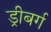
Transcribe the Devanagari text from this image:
ड्रीबर्ग